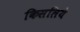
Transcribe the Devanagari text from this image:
किसलिये